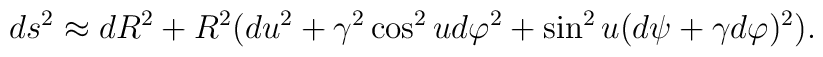
ds^2 \approx dR^2 + R^2 (du^2 + \gamma^2 \cos^2 u d\varphi^2 + \sin^2u (d\psi + \gamma d\varphi)^2).